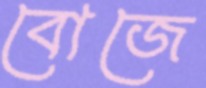
বোজে